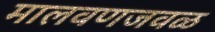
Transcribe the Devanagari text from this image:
मालवणजवळ